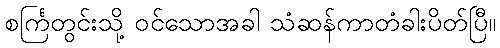
စင်္ကြတွင်းသို့ ဝင်သောအခါ သံဆန်ကာတံခါးပိတ်ပြီ။